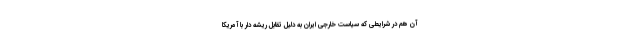
آن هم در شرایطی که سیاست خارجی ایران به دلیل تقابل ریشه دار با آمریکا